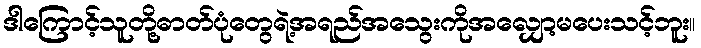
ဒါကြောင့်သူတို့ဓာတ်ပုံတွေရဲ့အရည်အသွေးကိုအလျှော့မပေးသင့်ဘူး။